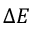
\Delta E